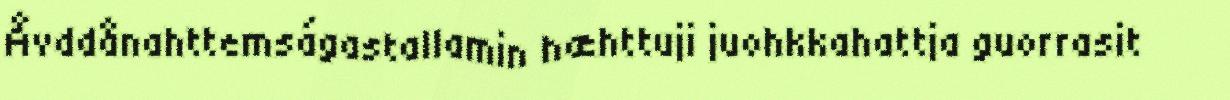
Åvddånahttemságastallamin hæhttuji juohkkahattja guorrasit